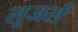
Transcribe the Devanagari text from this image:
लूजर्स